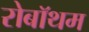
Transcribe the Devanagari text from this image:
रोबॉथम